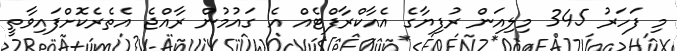
މި ފަހަރު 345 މިލިއަން ރުފިޔާގެ އެއާކްރާފްޓެއް އެ ގައުމުން ރާއްޖެ އެތެރެކޮށްފައިވާތީ